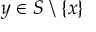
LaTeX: y \in S \setminus \{ x \}